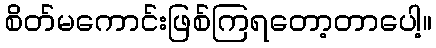
စိတ်မကောင်းဖြစ်ကြရတော့တာပေါ့။